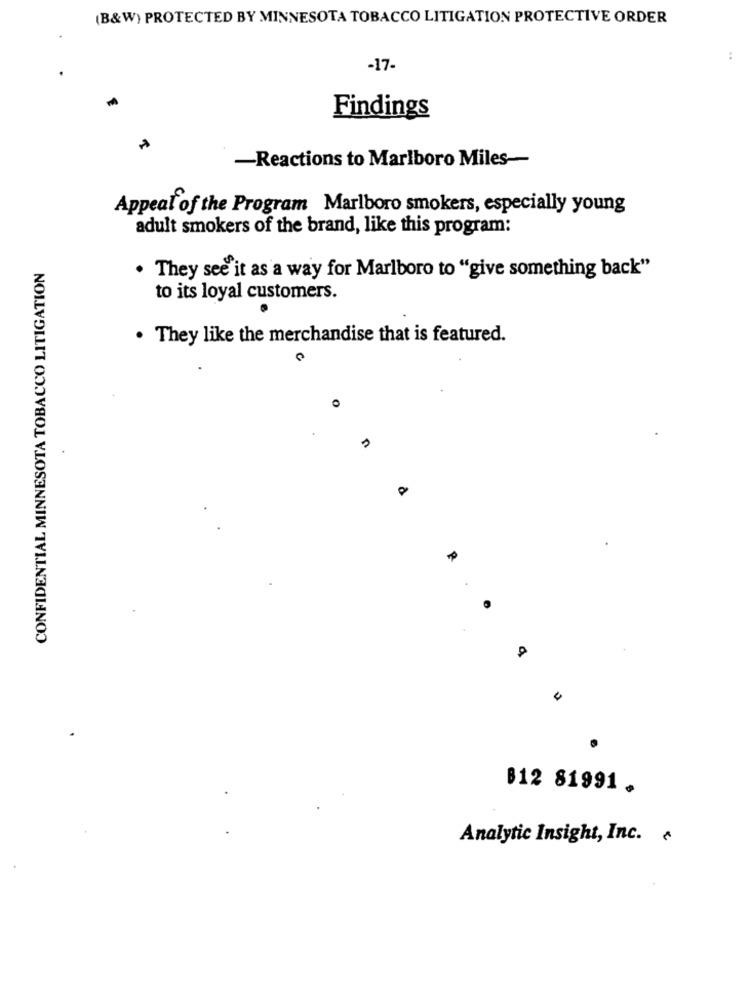
(B&W) PROTECTED BY MINNESOTA TOBACCO LITIGATION PROTECTIVE ORDER
-17-
Findings
-Reactions to Marlboro Miles-
Appeal of the Program Marlboro smokers, especially young
adult smokers of the brand, like this program:
CONFIDENTIAL MINNESOTA TOBACCO LITIGATION
. They see it as a way for Marlboro to "give something back"
to its loyal customers.
. They like the merchandise that is featured.
O
812 81991 .
Analytic Insight, Inc.